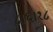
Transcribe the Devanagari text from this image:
८।६।१८